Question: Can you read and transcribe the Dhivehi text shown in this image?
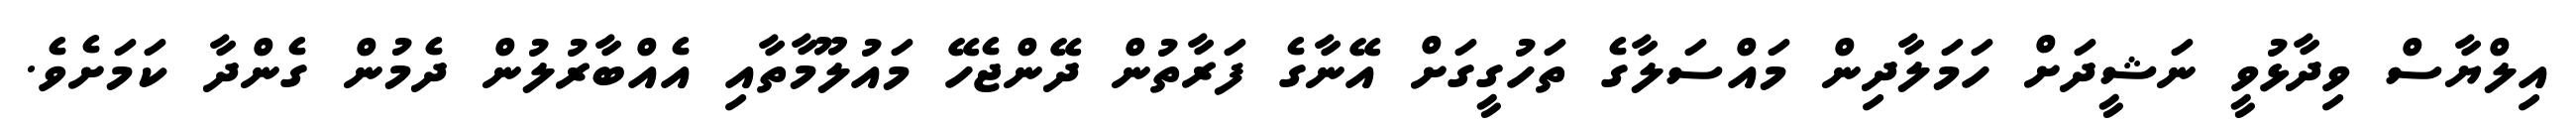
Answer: އިލްޔާސް ވިދާޅުވީ ނަޝީދަށް ހަމަލާދިން މައްސަލާގެ ތަހުގީގަށް އޭނާގެ ފަރާތުން ދޭންޖެހޭ މައުލޫމާތާއި އެއްބާރުލުން ދެމުން ގެންދާ ކަމަށެވެ.